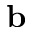
\mathbf { b }